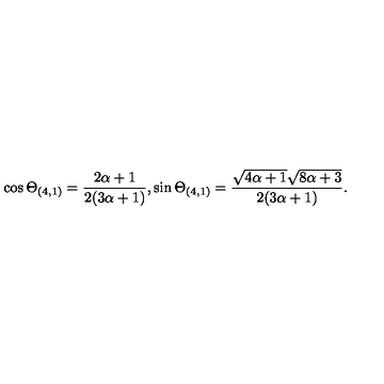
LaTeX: \cos \Theta _ { ( 4 , 1 ) } = \frac { 2 \alpha + 1 } { 2 ( 3 \alpha + 1 ) } , \sin \Theta _ { ( 4 , 1 ) } = \frac { \sqrt { 4 \alpha + 1 } \sqrt { 8 \alpha + 3 } } { 2 ( 3 \alpha + 1 ) } .